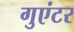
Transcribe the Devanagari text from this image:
गुएंटर